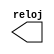
module relojito(reloj);
	output reloj;
  	reg reloj;

  	initial reloj = 0;
	
  	always
   	#1 reloj = ~reloj;
endmodule